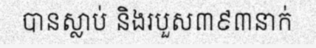
បានស្លាប់ និងរបួស៣៩៣នាក់